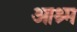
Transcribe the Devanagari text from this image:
आश्र्म